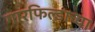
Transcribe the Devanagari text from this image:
गारफिल्डाच्या